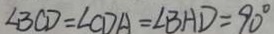
\angle B C D = \angle C D A = \angle B H D = 9 0 ^ { \circ }